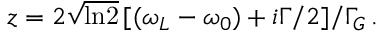
z = 2 \sqrt { \mathrm { l n 2 } } \, [ ( \omega _ { L } - \omega _ { 0 } ) + i \Gamma / 2 ] / \Gamma _ { G } \, .